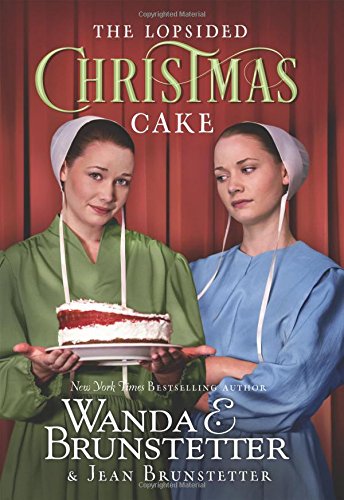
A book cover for The Lopsided Christmas Cake; Wanda E. Brunstetter; Romance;